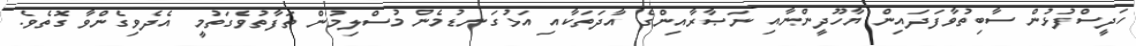
ހަދީސްފުޅުން ސާބިތުވާފަދައިން ޔާހޫދީންނާއި ނަޞާރާއިންގެ އާދަތަކާއި އަޅުގަނޑުމެން މުސްލިމުން ތަފާތުވެގަތުމީ އެދެވިގެންވާ ގޮތެވެ.